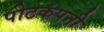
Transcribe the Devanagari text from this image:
पोटकंपनी